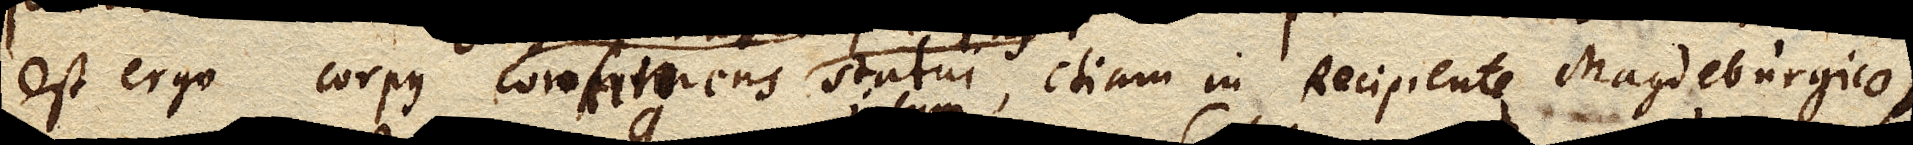
est ergo corpus comprimens statui, etiam in Recipiente Magdeburgico,